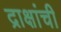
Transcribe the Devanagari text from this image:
द्राक्षांची